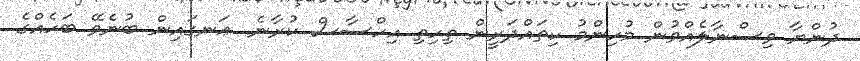
ދުންޔާ ވިސްނާލެއްވުން މުހިންމު ކިތައްދަރީން ތިހިތި އިހްސާސް ކުރާނެ. ޢަނގައިން ބުނެވޭ ބަހެއްގެ